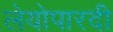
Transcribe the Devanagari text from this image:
लेयोपारदी